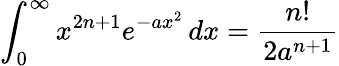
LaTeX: \int_{0}^{\infty}x^{2n+1}e^{-ax^{2}}\, dx={\frac{n!}{2a^{n+1}}}